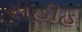
સહીહ